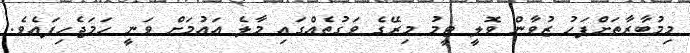
މިމުބާރާތަށްފަހު ޒުވާން ވޮލީ ޓީމު މިރޭގެ ވަގުތެއްގައި މާލެ އައުމަށް ވަނީ ހަމަޖެހިފައެވެ.